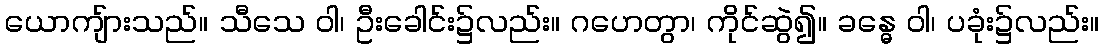
ယောကျ်ားသည်။ သီသေ ဝါ၊ ဦးခေါင်း၌လည်း။ ဂဟေတွာ၊ ကိုင်ဆွဲ၍။ ခန္ဓေ ဝါ၊ ပခုံး၌လည်း။